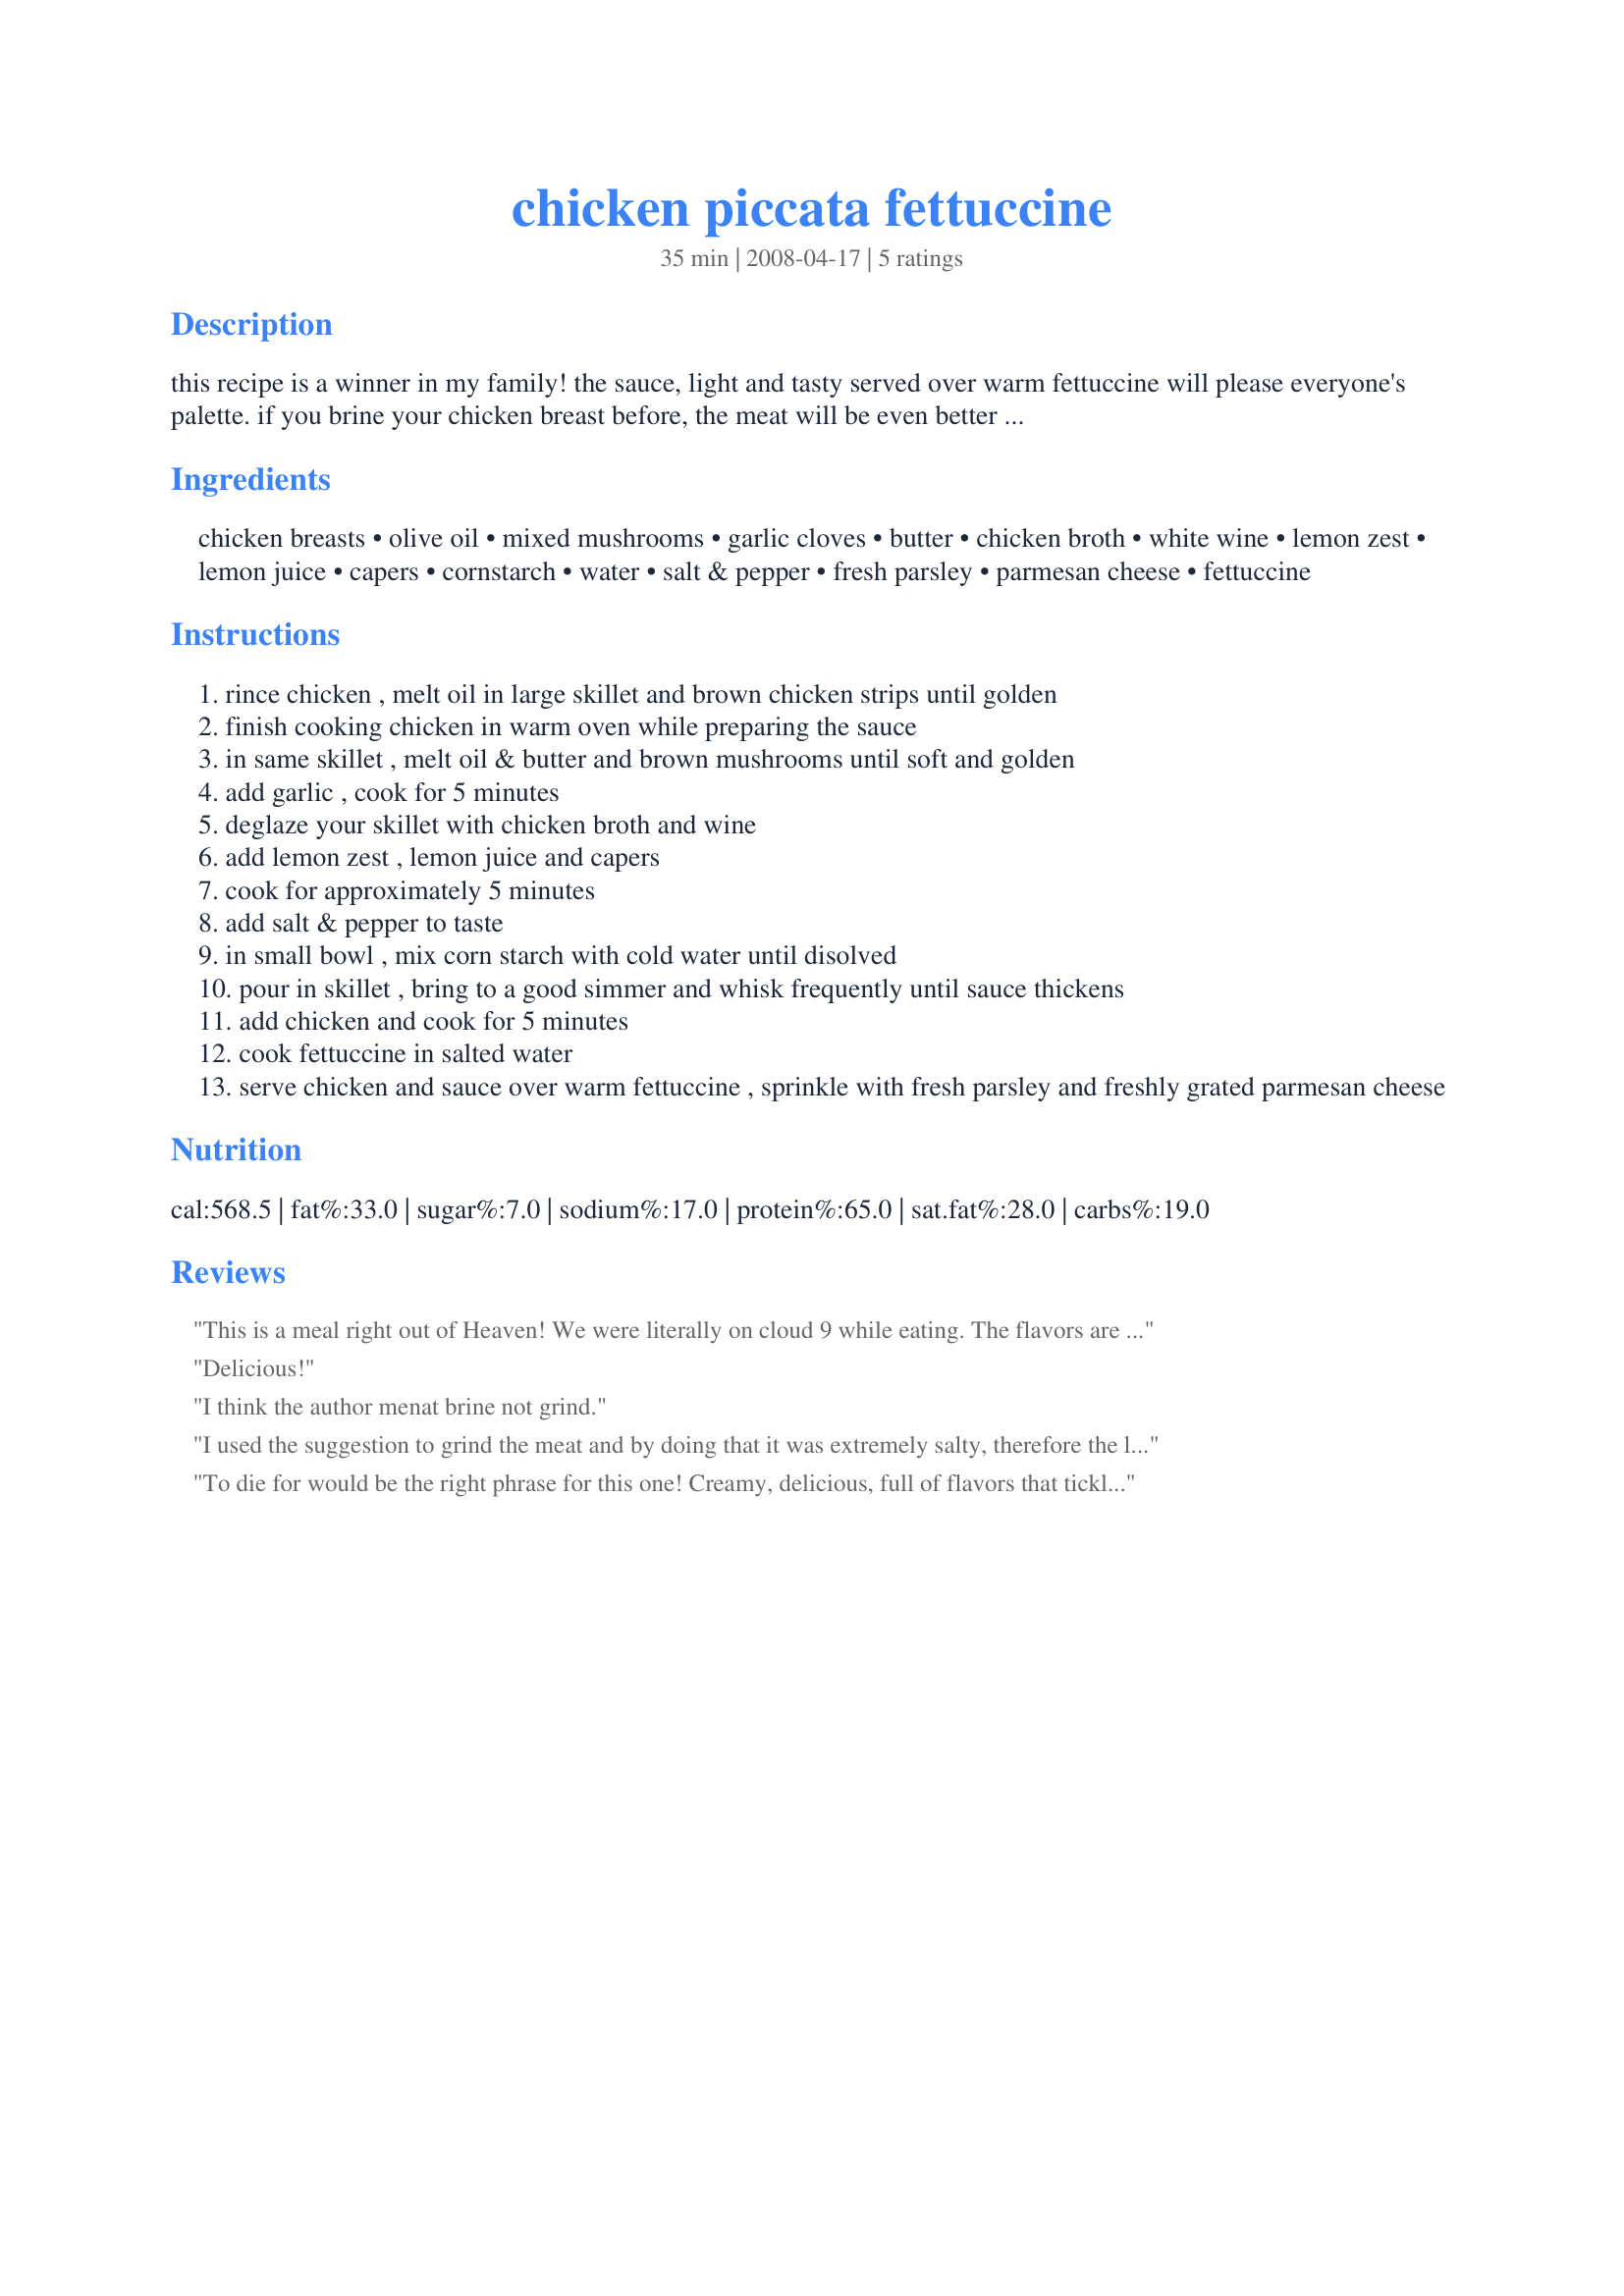
chicken piccata fettuccine
Preparation time: 35 minutes

this recipe is a winner in my family! the sauce, light and tasty served over warm fettuccine will please everyone's palette. if you brine your chicken breast before, the meat will be even better and very very moist (brine: 8 cups water + 1/4 cup salt + chicken breasts. let chicken marinate in water and salt for 4 hours or over night if you have the time, but 4 hours is fine for me)

Ingredients:
chicken breasts, olive oil, mixed mushrooms, garlic cloves, butter, chicken broth, white wine, lemon zest, lemon juice, capers, cornstarch, water, salt & pepper, fresh parsley, parmesan cheese, fettuccine

Steps:
rince chicken , melt oil in large skillet and brown chicken strips until golden
finish cooking chicken in warm oven while preparing the sauce
in same skillet , melt oil & butter and brown mushrooms until soft and golden
add garlic , cook for 5 minutes
deglaze your skillet with chicken broth and wine
add lemon zest , lemon juice and capers
cook for approximately 5 minutes
add salt & pepper to taste
in small bowl , mix corn starch with cold water until disolved
pour in skillet , bring to a good simmer and whisk frequently until sauce thickens
add chicken and cook for 5 minutes
cook fettuccine in salted water
serve chicken and sauce over warm fettuccine , sprinkle with fresh parsley and freshly grated parmesan cheese

Reviews:
This is a meal right out of Heaven! We were literally on cloud 9 while eating. The flavors are "To Die For" and if you try it, you will see exactly what I mean! This has already very happily been added to my favorites, and the kids said they can't wait to have it again, so I have to make sure I have the recipe handy! I used Riesling wine for this and was glad I did. It was excellent!
Delicious!
I think the author menat brine not grind.
I used the suggestion to grind the meat and by doing that it was extremely salty, therefore the lower rating. I will try this again, but without that technique. I think this recipe would be fantanstic without the grinding. Other than being salty, the taste was really good.
To die for would be the right phrase for this one! Creamy, delicious, full of flavors that tickle your tongue... It's a winner anytime and great for company when you don't know what to make but would like to impress them!
